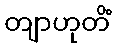
တျာဟုတိံ